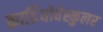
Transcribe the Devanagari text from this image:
कार्डियोवेस्कुलर